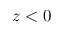
z < 0